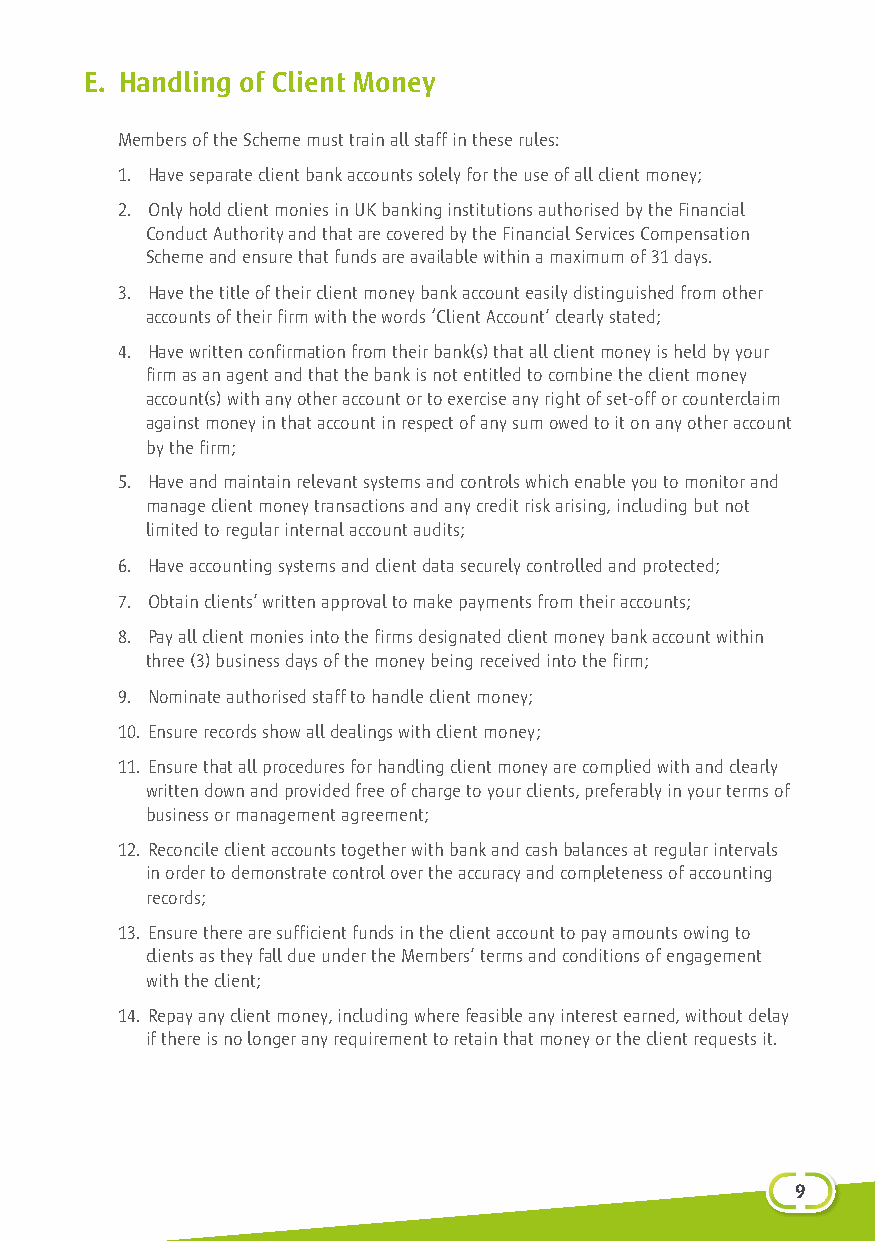
E. Handling of Client Money
 Members of the Scheme must train all staff in these rules:
 1. Have separate client bank accounts solely for the use of all client money;
 2. Only hold client monies in UK banking institutions authorised by the Financial
 Conduct Authority and that are covered by the Financial Services Compensation
 Scheme and ensure that funds are available within a maximum of 31 days.
 3. Have the title of their client money bank account easily distinguished from other
 accounts of their firm with the words ‘Client Account’ clearly stated;
 4. Have written confirmation from their bank(s) that all client money is held by your
 firm as an agent and that the bank is not entitled to combine the client money
 account(s) with any other account or to exercise any right of set-off or counterclaim
 against money in that account in respect of any sum owed to it on any other account
 by the firm;
 5. Have and maintain relevant systems and controls which enable you to monitor and
 manage client money transactions and any credit risk arising, including but not
 limited to regular internal account audits;
 6. Have accounting systems and client data securely controlled and protected;
 7. Obtain clients’ written approval to make payments from their accounts;
 8. Pay all client monies into the firms designated client money bank account within
 three (3) business days of the money being received into the firm;
 9. Nominate authorised staff to handle client money;
 10. Ensure records show all dealings with client money;
 11. Ensure that all procedures for handling client money are complied with and clearly
 written down and provided free of charge to your clients, preferably in your terms of
 business or management agreement;
 12. Reconcile client accounts together with bank and cash balances at regular intervals
 in order to demonstrate control over the accuracy and completeness of accounting
 records;
 13. Ensure there are sufficient funds in the client account to pay amounts owing to
 clients as they fall due under the Members’ terms and conditions of engagement
 with the client;
 14. Repay any client money, including where feasible any interest earned, without delay
 if there is no longer any requirement to retain that money or the client requests it.
 91